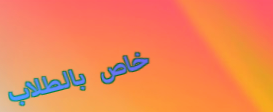
خاص بالطلاب